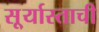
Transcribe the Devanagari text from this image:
सू्र्यास्ताची